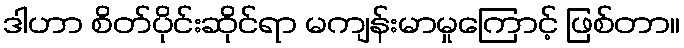
ဒါဟာ စိတ်ပိုင်းဆိုင်ရာ မကျန်းမာမှုကြောင့် ဖြစ်တာ။